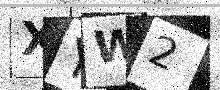
Text: XYW2